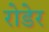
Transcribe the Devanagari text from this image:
रोडेर